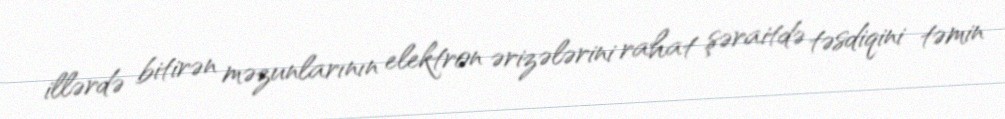
illərdə bitirən məzunlarının elektron ərizələrini rahat şəraitdə təsdiqini təmin